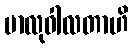
မာလုဝါလတာဟိ